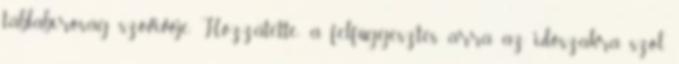
táblabíróság szóvivője. Hozzátette: a felfüggesztés arra az időszakra szól,